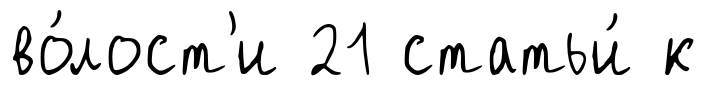
во́лост'и 21 статьи́ к